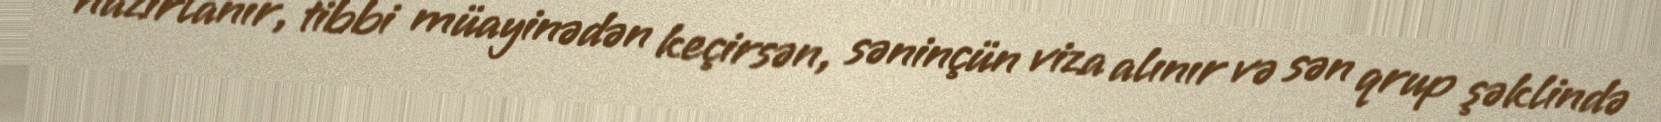
hazırlanır, tibbi müayinədən keçirsən, səninçün viza alınır və sən qrup şəklində